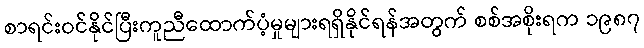
စာရင်းဝင်နိုင်ပြီးကူညီထောက်ပံ့မှုများရရှိနိုင်ရန်အတွက် စစ်အစိုးရက ၁၉၈၇